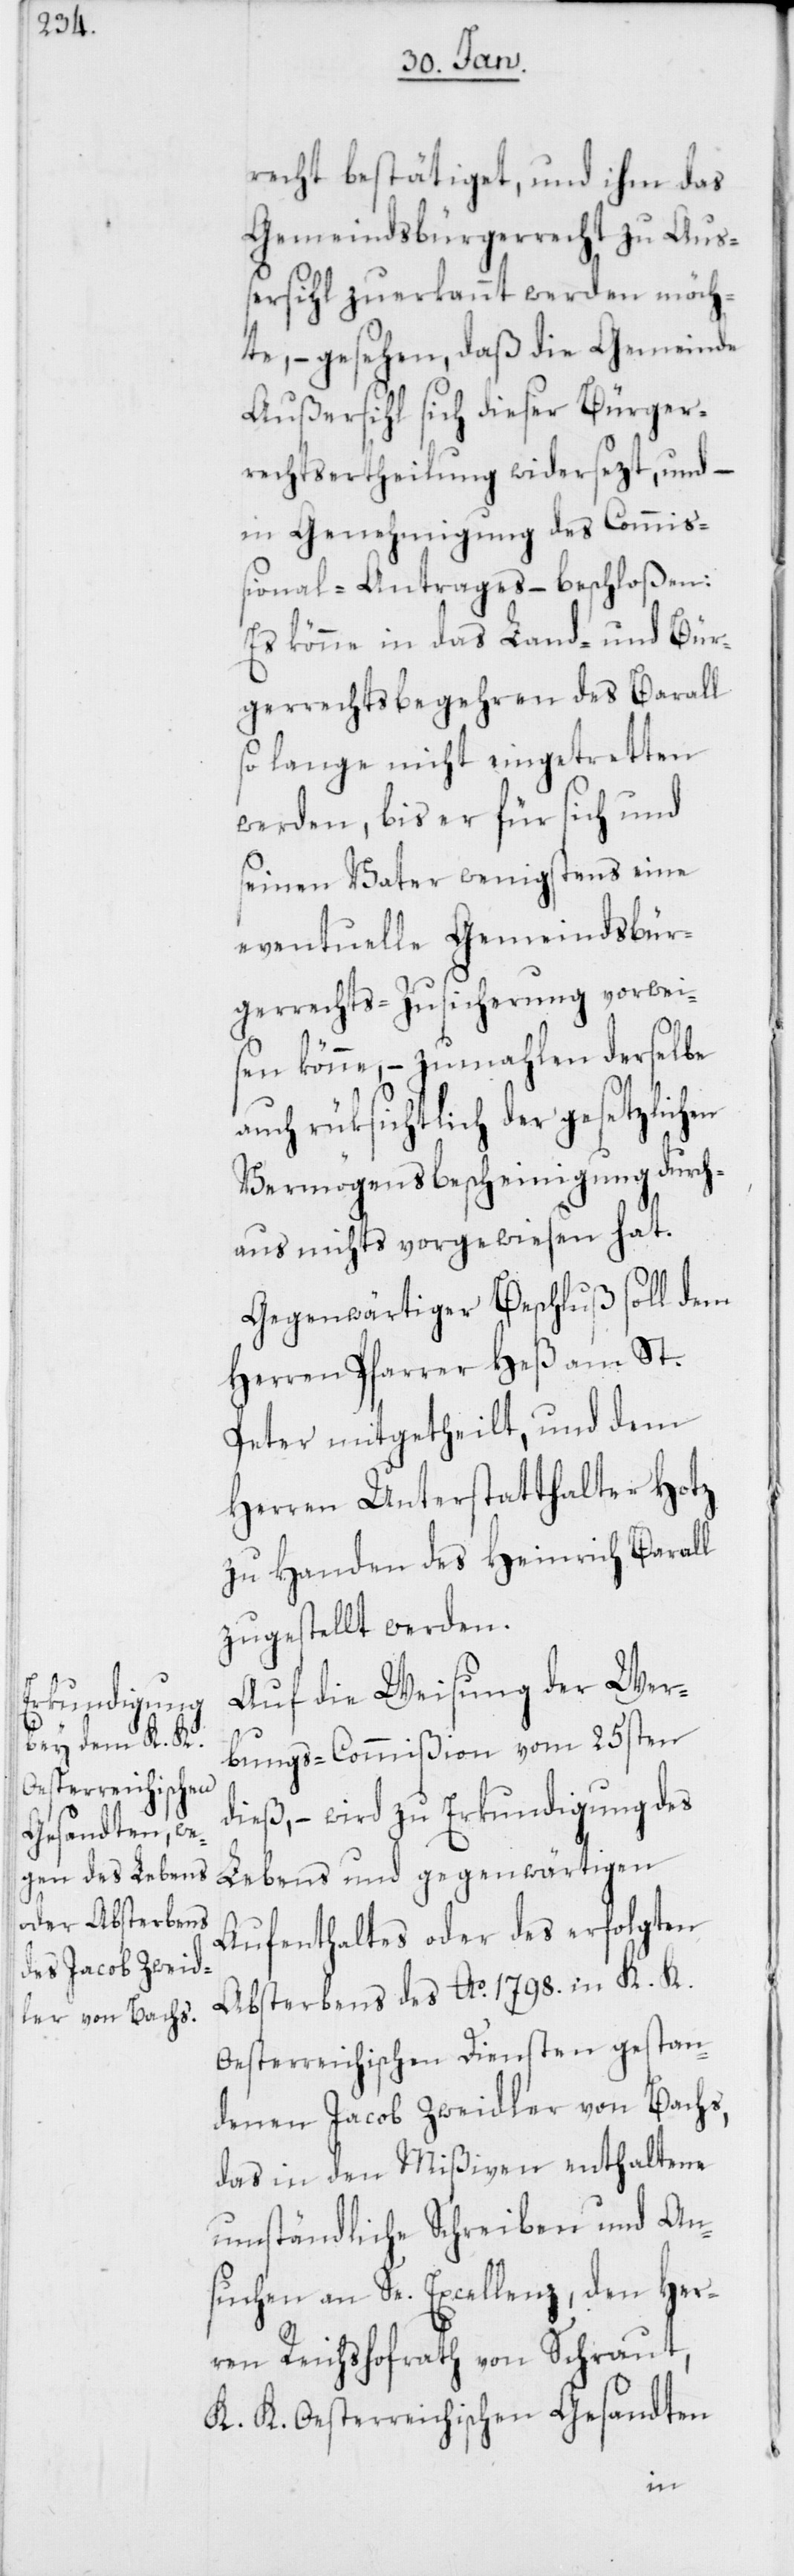
Gemeindsbür¬

recht bestätiget, und ihm das
Gemeindsbürgerrecht zu Auß¬
ersihl zuerkannt werden möch¬
te, – gesehen, daß die Gemeinde
Außersihl sich dieser Bürger¬
rechtsertheilung widersezt, und –
in Genehmigung des Commiß¬
ional-Antrages – beschloßen:
Es könne in das Land- und Bür¬
gerrechtsbegehren des Barall
so lange nicht eingetretten
werden, bis er für sich und
seinen Vater wenigstens eine
gerrechts-Zusicherung vorwei¬
sen könne, – zumahlen derselbe
auch rüksichtlich der gesetzlichen
Vermögensbescheinigung durch¬
aus nichts vorgewiesen hat.
Gegenwärtiger Beschluß soll dem
Herren Pfarrer Heß am St.
Peter mitgetheilt, und dem
Herren Unterstatthalter Hotz
zu Handen des Heinrich Barall
zugestellt werden.
Auf die Weisung der Wer¬
bungs-Commißion vom 25sten
dieß, – wird zu Erkundigung des
Lebens und gegenwärtigen
Aufenthaltes oder des erfolgten
Absterbens des Ao. 1798. in K. K.
Oesterreichischen Diensten gestan¬
denen Jacob Zweidler von Bachs,
das in den Mißiven enthaltene
umständliche Schreiben und An¬
suchen an Se. Excellenz, den Her¬
ren Reichshofrath von Schraut,
K. K. Oesterreichischen Gesandten